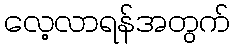
လေ့လာရန်အတွက်